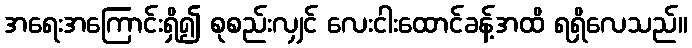
အရေးအကြောင်းရှိ၍ စုစည်းလျှင် လေးငါးထောင်ခန့်အထိ ရရှိလေသည်။